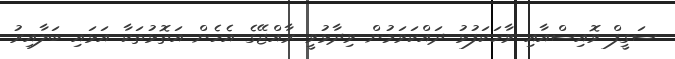
ސަގީފް ވޮއިސްއާއި ވާހަކަފުޅު ދައްކަވަމުން ވިދާޅުވީ ރާއްޖޭގެ އެހެން އަތޮޅުތަކާ އަޅައި ބަލާއިރު